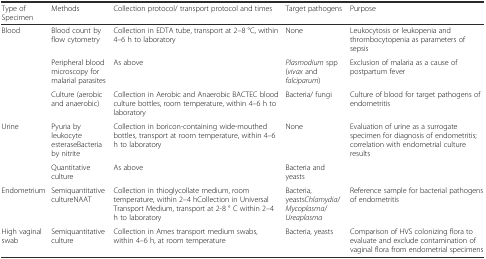
<table><thead><tr><td><b>Type of Specimen</b></td><td><b>Methods</b></td><td><b>Collection protocol/ transport protocol and times</b></td><td><b>Target pathogens</b></td><td><b>Purpose</b></td></tr></thead><tbody><tr><td rowspan="3">Blood</td><td>Blood count by flow cytometry</td><td>Collection in EDTA tube, transport at 2–8 °C, within 4–6 h to laboratory</td><td>None</td><td>Leukocytosis or leukopenia and thrombocytopenia as parameters of sepsis</td></tr><tr><td>Peripheral blood microscopy for malarial parasites</td><td>As above</td><td><i>Plasmodium</i> spp (<i>vivax</i> and <i>falciparum</i>)</td><td>Exclusion of malaria as a cause of postpartum fever</td></tr><tr><td>Culture (aerobic and anaerobic)</td><td>Collection in Aerobic and Anaerobic BACTEC blood culture bottles, room temperature, within 4–6 h to laboratory</td><td>Bacteria/ fungi</td><td>Culture of blood for target pathogens of endometritis</td></tr><tr><td rowspan="2">Urine</td><td>Pyuria by leukocyte esteraseBacteria by nitrite</td><td>Collection in boricon-containing wide-mouthed bottles, transport at room temperature, within 4–6 h to laboratory</td><td>None</td><td>Evaluation of urine as a surrogate specimen for diagnosis of endometritis; correlation with endometrial culture results</td></tr><tr><td>Quantitative culture</td><td>As above</td><td>Bacteria and yeasts</td><td></td></tr><tr><td>Endometrium</td><td>Semiquantitative cultureNAAT</td><td>Collection in thioglycollate medium, room temperature, within 2–4 hCollection in Universal Transport Medium, transport at 2-8 ° C within 2–4 h to laboratory</td><td>Bacteria, yeasts<i>Chlamydia</i>/ <i>Mycoplasma</i>/ <i>Ureaplasma</i></td><td>Reference sample for bacterial pathogens of endometritis</td></tr><tr><td>High vaginal swab</td><td>Semiquantitative culture</td><td>Collection in Ames transport medium swabs, within 4–6 h, at room temperature</td><td>Bacteria, yeasts</td><td>Comparison of HVS colonizing flora to evaluate and exclude contamination of vaginal flora from endometrial specimens</td></tr></tbody></table>